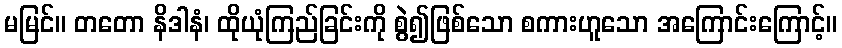
မမြင်။ တတော နိဒါနံ၊ ထိုယုံကြည်ခြင်းကို စွဲ၍ဖြစ်သော စကားဟူသော အကြောင်းကြောင့်။